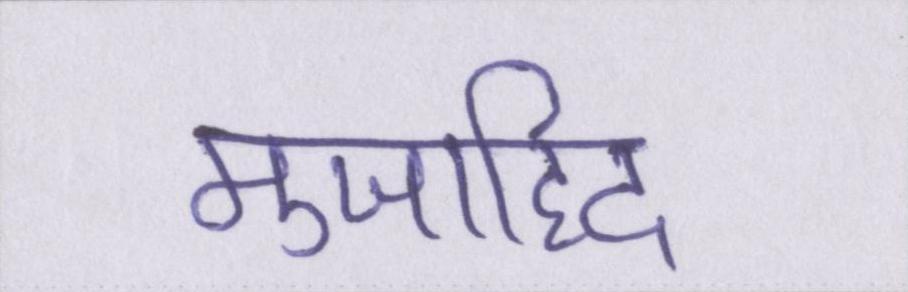
मुजाहिद